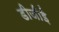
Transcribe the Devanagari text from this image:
डीजीई